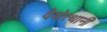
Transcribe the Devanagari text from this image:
देवोत्थानी